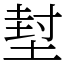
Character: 堼